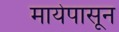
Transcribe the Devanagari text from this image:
मायेपासून